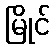
မြိုင်